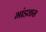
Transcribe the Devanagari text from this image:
भांड्यास